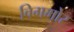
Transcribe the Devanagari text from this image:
विगमोर